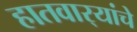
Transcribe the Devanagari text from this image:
हातवार्‍यांचे